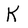
Character: K